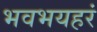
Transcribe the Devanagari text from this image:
भवभयहरं